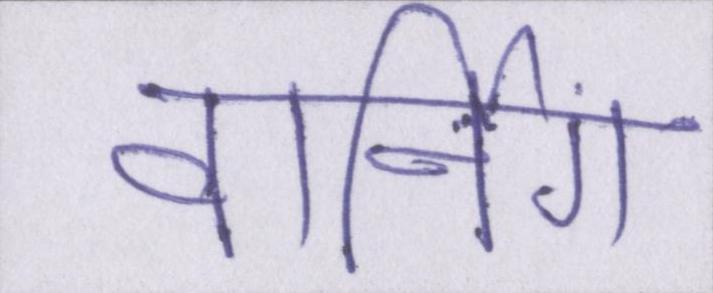
वार्निंग